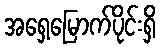
အရှေ့မြောက်ပိုင်းရှိ